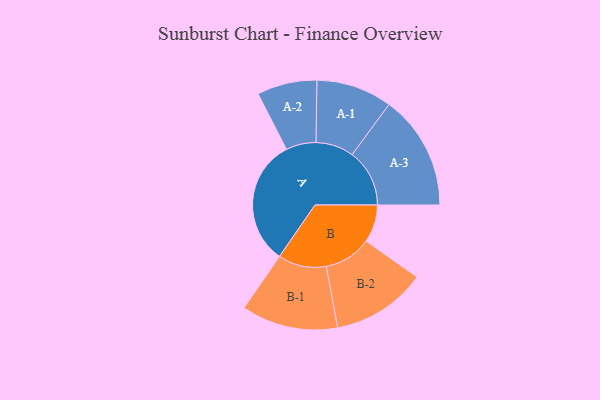
{"axis": {"x": "Segment", "y": "Value"}, "legend": ["", "A", "B"], "data": [{"x": "A", "y": 443, "type": ""}, {"x": "B", "y": 132, "type": ""}, {"x": "A-1", "y": 133, "type": "A"}, {"x": "A-2", "y": 105, "type": "A"}, {"x": "A-3", "y": 201, "type": "A"}, {"x": "B-1", "y": 169, "type": "B"}, {"x": "B-2", "y": 166, "type": "B"}]}